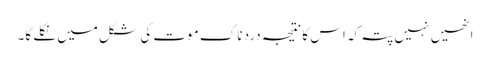
انھیں نہیں پتہ کہ اس کا نتیجہ درد ناک موت کی شکل میں نکلے گا۔